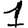
Digit: 1